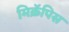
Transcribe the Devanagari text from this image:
मिक्रॅपिस